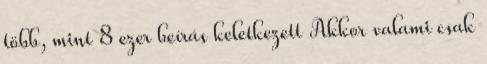
több, mint 8 ezer beírás keletkezett Akkor valami csak